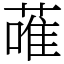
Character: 蓶